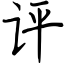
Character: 评